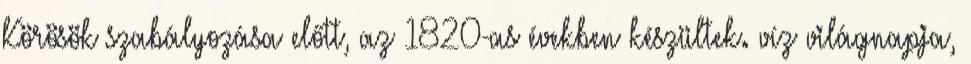
Körösök szabályozása előtt, az 1820-as években készültek. víz világnapja,